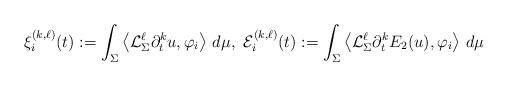
LaTeX: \begin{align*}\xi^{(k,\ell)}_i(t):=\int_\Sigma \left\langle \mathcal{L}_{\Sigma}^{\ell}\partial^{k}_t u,\varphi_{i}\right\rangle\, d\mu,\ \mathcal{E}^{(k,\ell)}_i(t):=\int_\Sigma \left\langle \mathcal{L}_{\Sigma}^{\ell}\partial^{k}_t E_2(u),\varphi_{i}\right\rangle\, d\mu\end{align*}